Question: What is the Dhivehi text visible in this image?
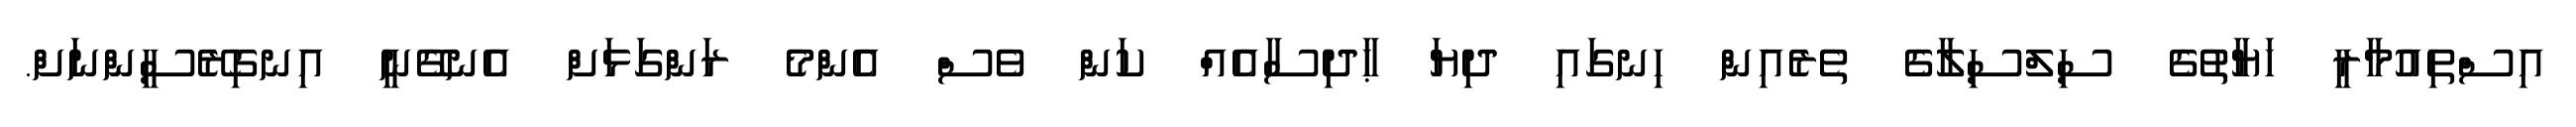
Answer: އިސްތިއުމާރީ ހަޔާތުގެ ސިލްސިލާގެ ތެރެއިން ހިނގައި ދިޔަ ޙާދިސާއެއް ކަން ވެސް އެންމެ ރަންގަޅަށް އެނގޭނީ އިނގިރޭސީންނަށް.